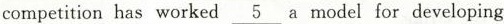
competition has worked \underline{5} a model for developing